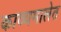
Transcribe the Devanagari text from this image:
काव्यमालेत